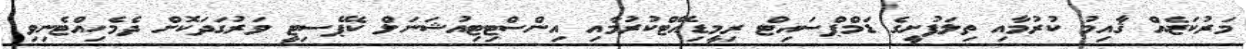
މަރުކަޒެއް ޤާއިމު ކުރުމާއި ތިލަފުށީގެ ޑަމްޕްސައިޓް ރިމީޑިއޭޓްކުރުމާއި އިންސްޓިޓިއުޝަނަލް ކެޕޭސިޓީ ވަރުގަދަކޮށް ދެމެހިއްޓެނިވި